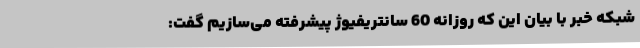
شبکه خبر با بیان این که روزانه 60 سانتریفیوژ پیشرفته می‌سازیم گفت: